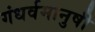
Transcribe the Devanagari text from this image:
गंधर्वमानुषी